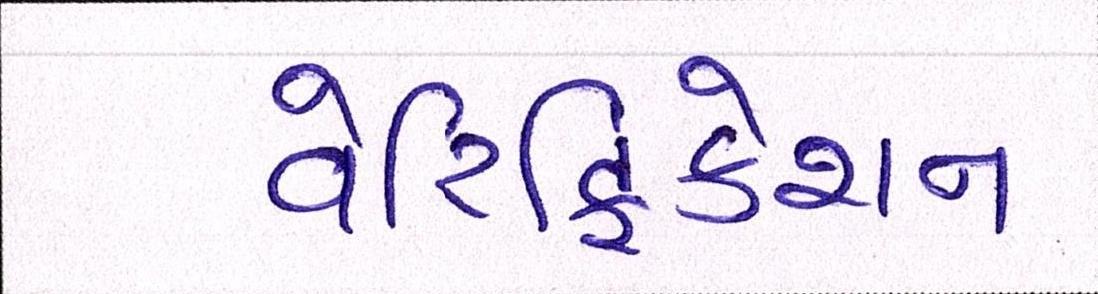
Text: વેરિફિકેશન